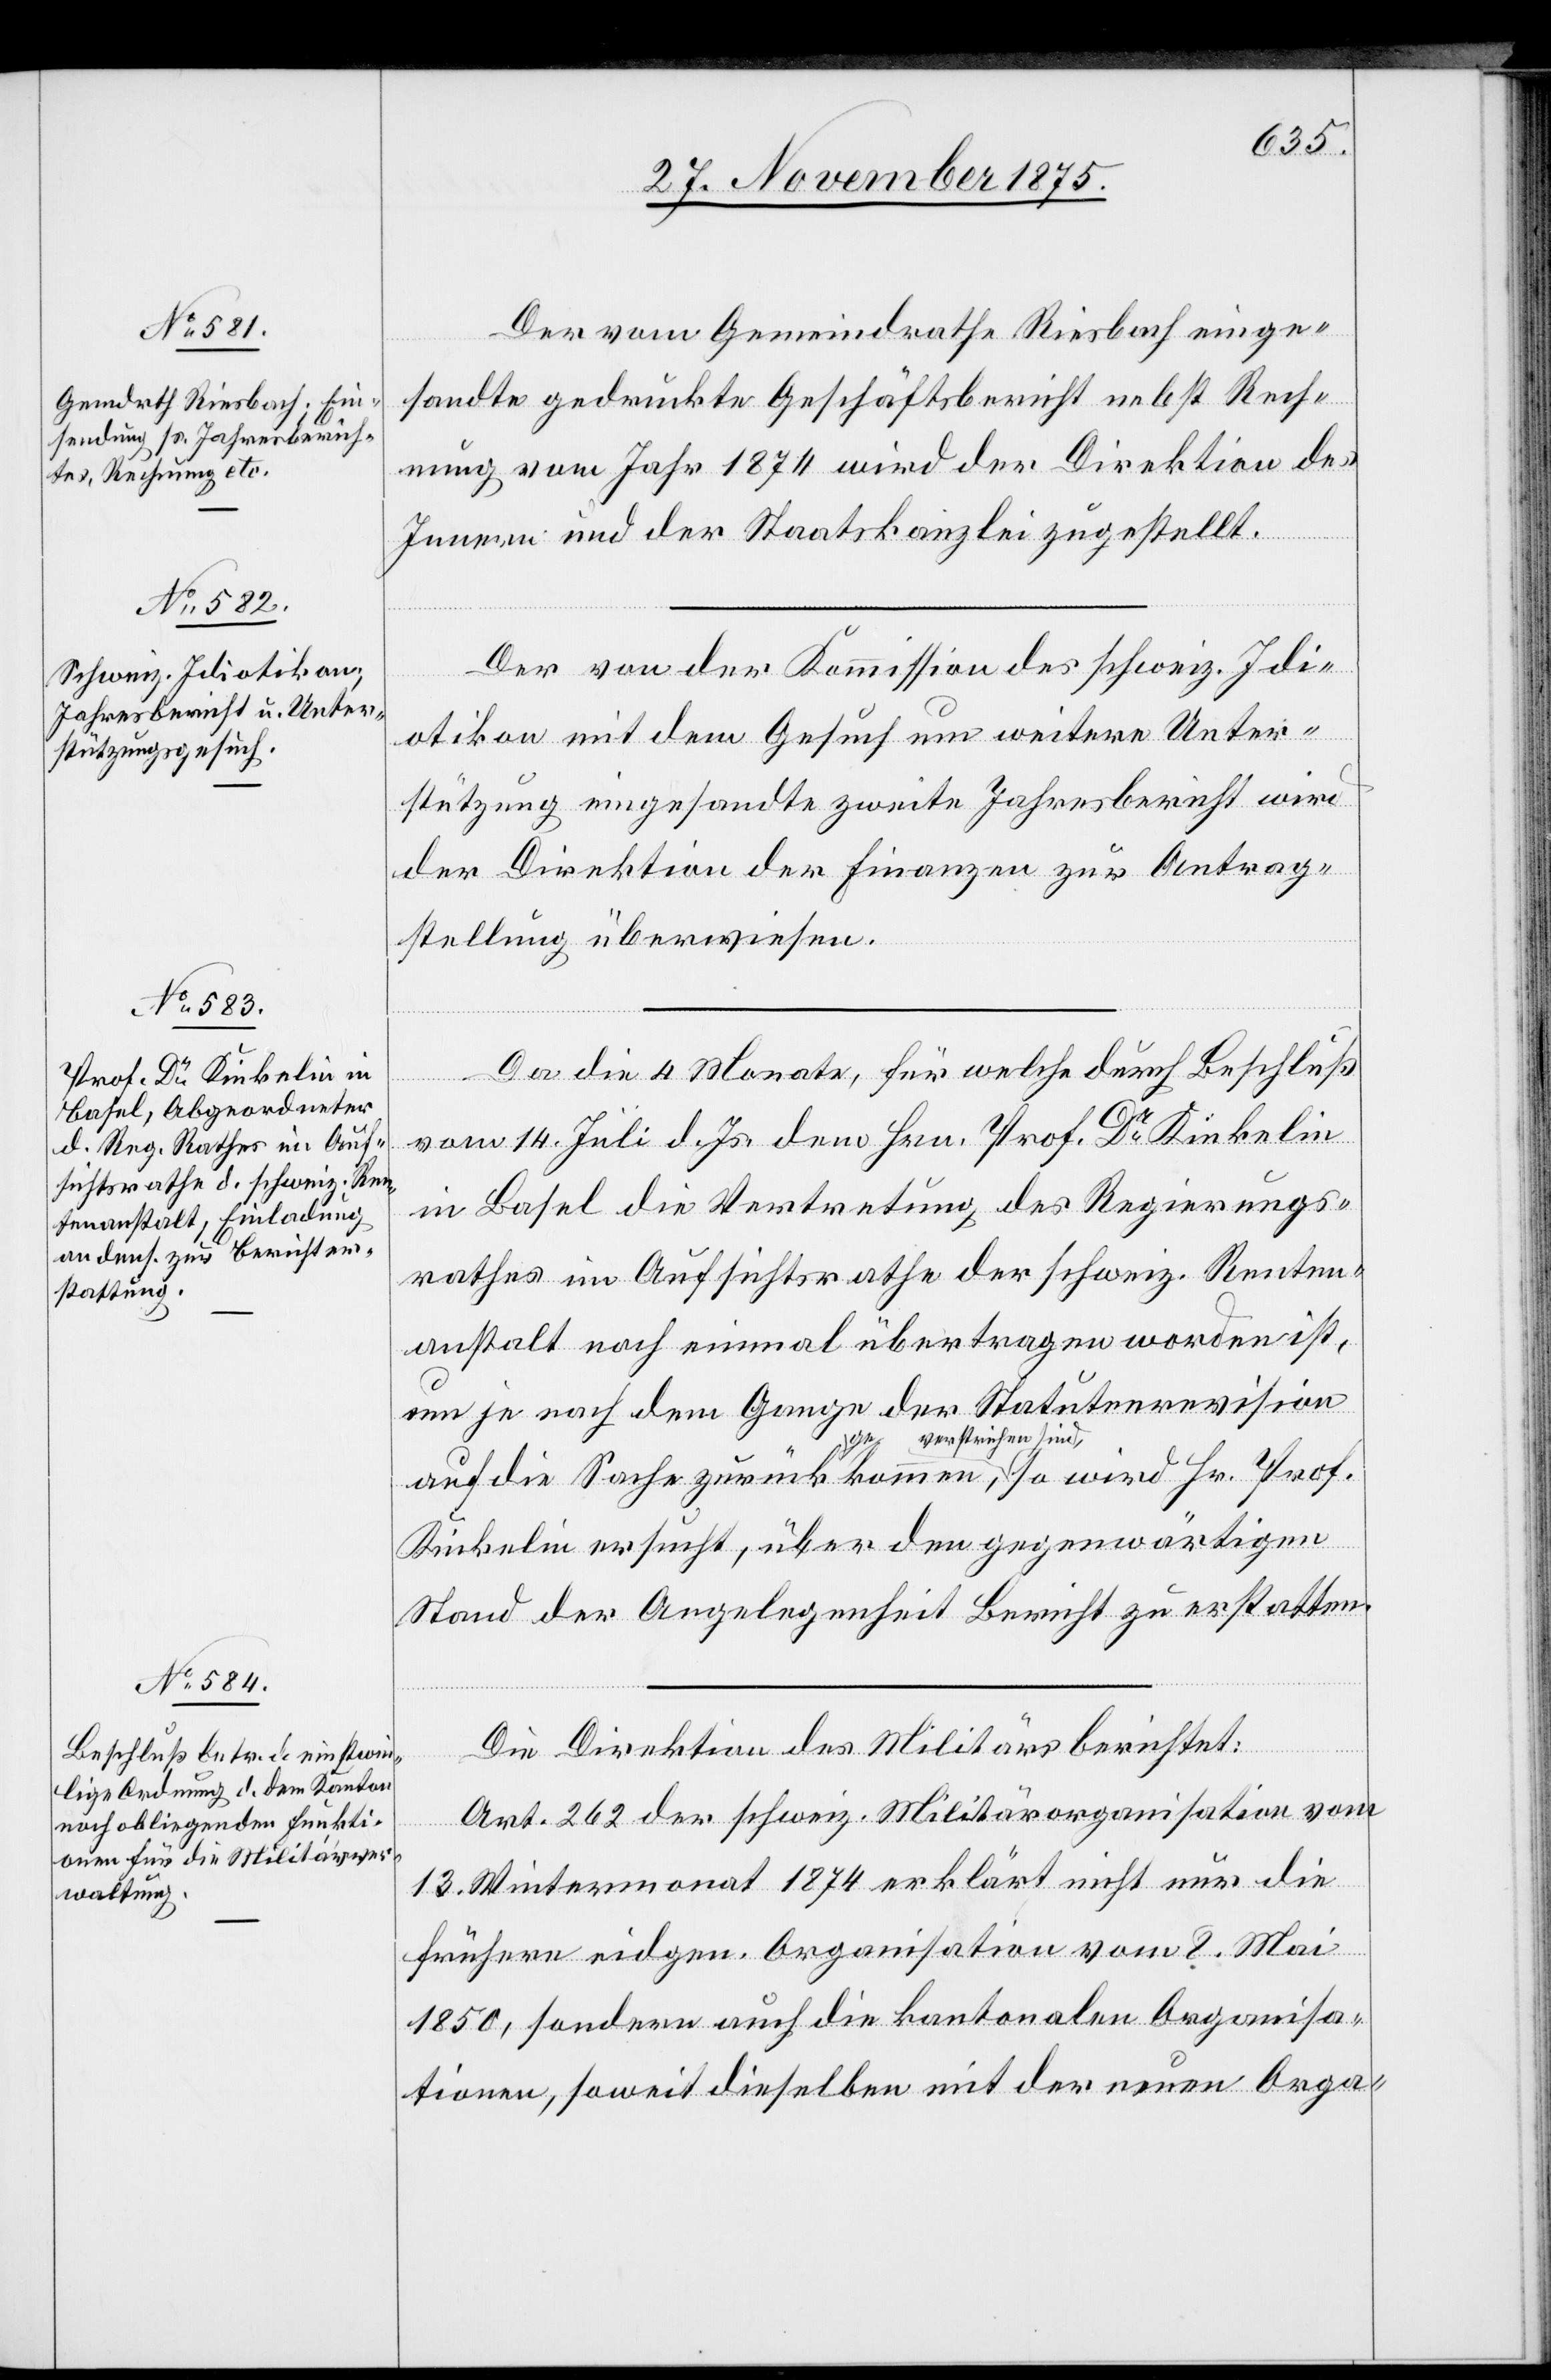
Der vom Gemeindrathe Riesbach einge¬
sandte gedruckte Geschäftsbericht nebst Rech¬
nung vom Jahr 1874 wird der Direktion des
Innern und der Staatskanzlei zugestellt.
Der von der Kommission des schweiz. Idi¬
otikon mit dem Gesuch um weitere Unter¬
stützung eingesandte zweite Jahresbericht wird
der Direktion der Finanzen zur Antrag¬
stellung überwiesen.
Da die 4 Monate, für welche durch Beschluß
Prof.
vom 14. Juli d. Js. dem Hrn. Prof. Dr Kinkelin
in Basel die Vertretung des Regierungs¬
rathes im Aufsichtsrathe der schweiz. Renten¬
anstalt noch einmal übertragen worden ist,
um je nach dem Gange der Statutenrevision
a-verstrichen
Kinkelin ersucht, über den gegenwärtigen
Stand der Angelegenheit Bericht zu erstatten.